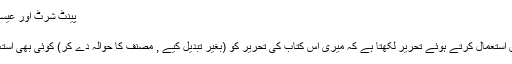
پینٹ شرٹ اور عیسائیت سے مشابہت
ببلوگرافی
مصنف اپنے حقوق استعمال کرتے ہوئے تحریر لکھتا ہے کہ میری اس کتاب کی تحریر کو (بغیر تبدیل کیے , مصنف کا حوالہ دے کر) کوئی بھی استعمال کر سکتا ہے۔